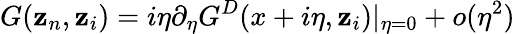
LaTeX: G(\mathbf{z}_{n},\mathbf{z}_{i})=i\eta\partial_{\eta}G^{D}(x+i\eta,\mathbf{z}_{i})|_{\eta=0}+o(\eta^{2})